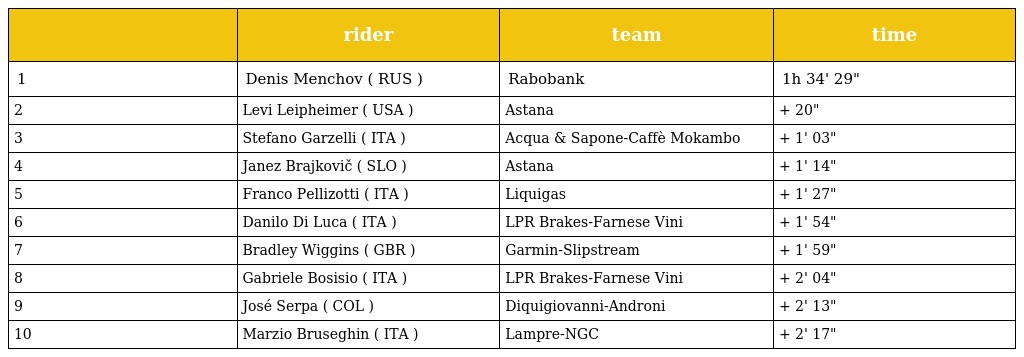
|  | rider | team | time |
 | --- | --- | --- | --- |
 | 1 | Denis Menchov ( RUS ) | Rabobank | 1h 34' 29" |
 | 2 | Levi Leipheimer ( USA ) | Astana | + 20" |
 | 3 | Stefano Garzelli ( ITA ) | Acqua & Sapone-Caffè Mokambo | + 1' 03" |
 | 4 | Janez Brajkovič ( SLO ) | Astana | + 1' 14" |
 | 5 | Franco Pellizotti ( ITA ) | Liquigas | + 1' 27" |
 | 6 | Danilo Di Luca ( ITA ) | LPR Brakes-Farnese Vini | + 1' 54" |
 | 7 | Bradley Wiggins ( GBR ) | Garmin-Slipstream | + 1' 59" |
 | 8 | Gabriele Bosisio ( ITA ) | LPR Brakes-Farnese Vini | + 2' 04" |
 | 9 | José Serpa ( COL ) | Diquigiovanni-Androni | + 2' 13" |
 | 10 | Marzio Bruseghin ( ITA ) | Lampre-NGC | + 2' 17" |